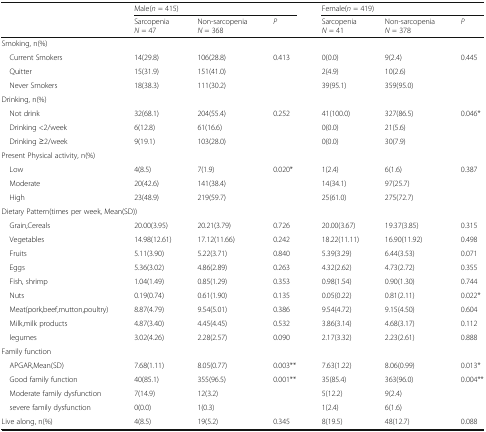
<table><thead><tr><td rowspan="2"></td><td colspan="3"><b>Male(<i>n</i> = 415)</b></td><td colspan="3"><b>Female(<i>n</i> = 419)</b></td></tr><tr><td><b>Sarcopenia<i>N</i> = 47</b></td><td><b>Non-sarcopenia<i>N</i> = 368</b></td><td><b><i>P</i></b></td><td><b>Sarcopenia<i>N</i> = 41</b></td><td><b>Non-sarcopenia<i>N</i> = 378</b></td><td><b><i>P</i></b></td></tr></thead><tbody><tr><td colspan="7">Smoking, n(%)</td></tr><tr><td> Current Smokers</td><td>14(29.8)</td><td>106(28.8)</td><td>0.413</td><td>0(0.0)</td><td>9(2.4)</td><td>0.445</td></tr><tr><td> Quitter</td><td>15(31.9)</td><td>151(41.0)</td><td></td><td>2(4.9)</td><td>10(2.6)</td><td></td></tr><tr><td> Never Smokers</td><td>18(38.3)</td><td>111(30.2)</td><td></td><td>39(95.1)</td><td>359(95.0)</td><td></td></tr><tr><td colspan="7">Drinking, n(%)</td></tr><tr><td> Not drink</td><td>32(68.1)</td><td>204(55.4)</td><td rowspan="3">0.252</td><td>41(100.0)</td><td>327(86.5)</td><td rowspan="3">0.046*</td></tr><tr><td> Drinking &lt;2/week</td><td>6(12.8)</td><td>61(16.6)</td><td>0(0.0)</td><td>21(5.6)</td></tr><tr><td> Drinking ≥2/week</td><td>9(19.1)</td><td>103(28.0)</td><td>0(0.0)</td><td>30(7.9)</td></tr><tr><td colspan="7">Present Physical activity, n(%)</td></tr><tr><td> Low</td><td>4(8.5)</td><td>7(1.9)</td><td rowspan="3">0.020*</td><td>1(2.4)</td><td>6(1.6)</td><td rowspan="3">0.387</td></tr><tr><td> Moderate</td><td>20(42.6)</td><td>141(38.4)</td><td>14(34.1)</td><td>97(25.7)</td></tr><tr><td> High</td><td>23(48.9)</td><td>219(59.7)</td><td>25(61.0)</td><td>275(72.7)</td></tr><tr><td colspan="7">Dietary Pattern(times per week, Mean(SD))</td></tr><tr><td> Grain,Cereals</td><td>20.00(3.95)</td><td>20.21(3.79)</td><td>0.726</td><td>20.00(3.67)</td><td>19.37(3.85)</td><td>0.315</td></tr><tr><td> Vegetables</td><td>14.98(12.61)</td><td>17.12(11.66)</td><td>0.242</td><td>18.22(11.11)</td><td>16.90(11.92)</td><td>0.498</td></tr><tr><td> Fruits</td><td>5.11(3.90)</td><td>5.22(3.71)</td><td>0.840</td><td>5.39(3.29)</td><td>6.44(3.53)</td><td>0.071</td></tr><tr><td> Eggs</td><td>5.36(3.02)</td><td>4.86(2.89)</td><td>0.263</td><td>4.32(2.62)</td><td>4.73(2.72)</td><td>0.355</td></tr><tr><td> Fish, shrimp</td><td>1.04(1.49)</td><td>0.85(1.29)</td><td>0.353</td><td>0.98(1.54)</td><td>0.90(1.30)</td><td>0.744</td></tr><tr><td> Nuts</td><td>0.19(0.74)</td><td>0.61(1.90)</td><td>0.135</td><td>0.05(0.22)</td><td>0.81(2.11)</td><td>0.022*</td></tr><tr><td> Meat(pork,beef,mutton,poultry)</td><td>8.87(4.79)</td><td>9.54(5.01)</td><td>0.386</td><td>9.54(4.72)</td><td>9.15(4.50)</td><td>0.604</td></tr><tr><td> Milk,milk products</td><td>4.87(3.40)</td><td>4.45(4.45)</td><td>0.532</td><td>3.86(3.14)</td><td>4.68(3.17)</td><td>0.112</td></tr><tr><td> legumes</td><td>3.02(4.26)</td><td>2.28(2.57)</td><td>0.090</td><td>2.17(3.32)</td><td>2.23(2.61)</td><td>0.888</td></tr><tr><td colspan="7">Family function</td></tr><tr><td> APGAR,Mean(SD)</td><td>7.68(1.11)</td><td>8.05(0.77)</td><td>0.003**</td><td>7.63(1.22)</td><td>8.06(0.99)</td><td>0.013*</td></tr><tr><td> Good family function</td><td>40(85.1)</td><td>355(96.5)</td><td>0.001**</td><td>35(85.4)</td><td>363(96.0)</td><td>0.004**</td></tr><tr><td> Moderate family dysfunction</td><td>7(14.9)</td><td>12(3.2)</td><td></td><td>5(12.2)</td><td>9(2.4)</td><td></td></tr><tr><td> severe family dysfunction</td><td>0(0.0)</td><td>1(0.3)</td><td></td><td>1(2.4)</td><td>6(1.6)</td><td></td></tr><tr><td>Live along, n(%)</td><td>4(8.5)</td><td>19(5.2)</td><td>0.345</td><td>8(19.5)</td><td>48(12.7)</td><td>0.088</td></tr></tbody></table>